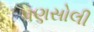
પણસોલી